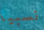
نسبيا